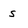
Character: s